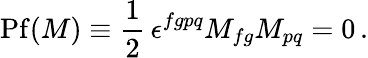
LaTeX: \mathrm{Pf}(M)\equiv\frac 12\, \epsilon^{fgpq}M_{fg}M_{pq}=0\, .